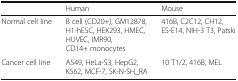
<table><thead><tr><td></td><td><b>Human</b></td><td><b>Mouse</b></td></tr></thead><tbody><tr><td>Normal cell line</td><td>B cell (CD20+), GM12878, H1-hESC, HEK293, HMEC, HUVEC, IMR90, CD14+ monocytes</td><td>416B, C2C12, CH12, ES-E14, NIH-3 T3, Patski</td></tr><tr><td>Cancer cell line</td><td>A549, HeLa-S3, HepG2, K562, MCF-7, SK-N-SH_RA</td><td>10 T1/2, 416B, MEL</td></tr></tbody></table>